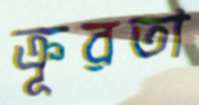
ক্রূরতা